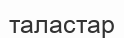
таластар